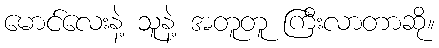
မောင်လေးနဲ့ သူနဲ့ အတူတူ ကြီးလာတာဆို။